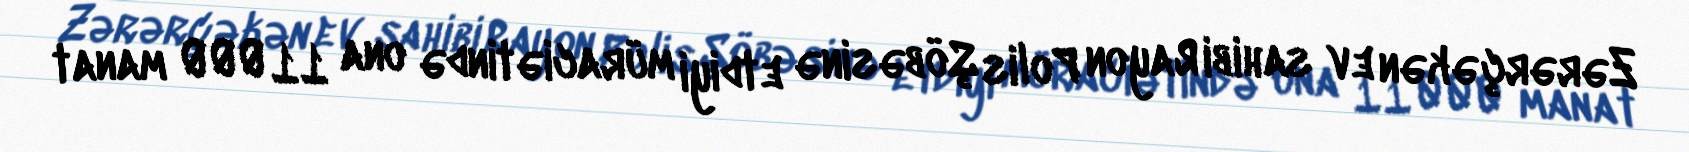
Zərərçəkən ev sahibi Rayon Polis Şöbəsinə etdiyi müraciətində ona 11 000 manat